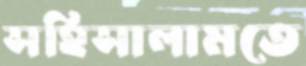
সহিসালামতে